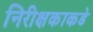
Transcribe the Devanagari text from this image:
निरीक्षकाकडे